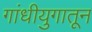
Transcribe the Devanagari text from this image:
गांधीयुगातून